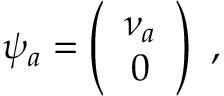
\psi _ { a } = \left( \begin{array} { c } { { \nu _ { a } } } \\ { { 0 } } \end{array} \right) \ ,